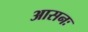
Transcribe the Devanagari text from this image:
आसनः